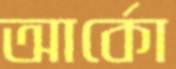
আর্কো